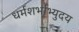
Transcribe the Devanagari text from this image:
धर्मशर्भाभ्युदय